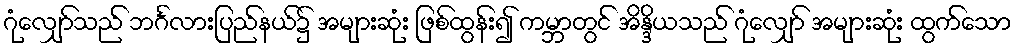
ဂုံလျှော်သည် ဘင်္ဂလားပြည်နယ်၌ အများဆုံး ဖြစ်ထွန်း၍ ကမ္ဘာတွင် အိန္ဒိယသည် ဂုံလျှော် အများဆုံး ထွက်သော